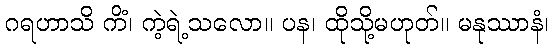
ဂရဟာသိ ကိံ၊ ကဲ့ရဲ့သလော။ ပန၊ ထိုသို့မဟုတ်။ မနုဿာနံ၊